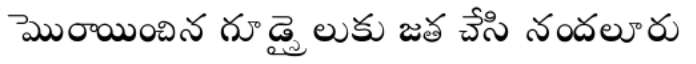
మొరాయించిన గూడ్స్రైలుకు జత చేసి నందలూరు